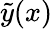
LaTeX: \tilde{y}(x)